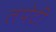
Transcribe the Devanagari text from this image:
लपेटीं